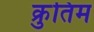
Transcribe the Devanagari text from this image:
क्रुतिम